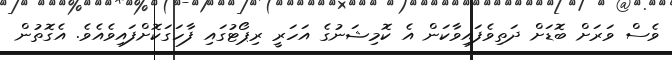
ވެސް ވަރަށް ބޮޑަށް ދަތިވެފައިވާކަން އެ ކޮމިޝަނުގެ އަހަރީ ރިޕޯޓުގައި ފާހަގަކޮށްފައިވެއެވެ. އެގޮތުން